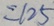
= 1 2 5